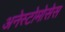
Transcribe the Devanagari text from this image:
अनेस्टोमोसेस